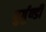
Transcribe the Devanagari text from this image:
बुर्गुण्डी